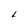
Character: L